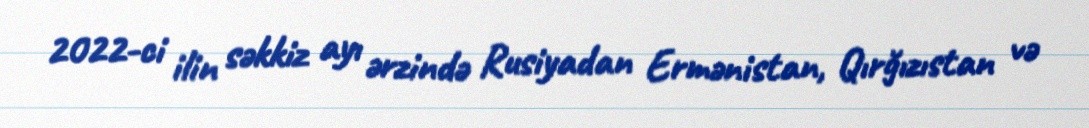
2022-ci ilin səkkiz ayı ərzində Rusiyadan Ermənistan, Qırğızıstan və